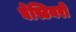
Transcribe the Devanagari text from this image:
बेस्टियरी